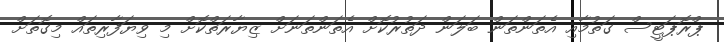
ޕްރޮޕަޓީސް ގަތުމާއި އެތަންތަން ބަލަން ދަތުރުކޮށް އެތަންތަނަށް ޒިޔާރަތްކޮށް މި ވިޔަފާރިތައް މިގޮތަށް